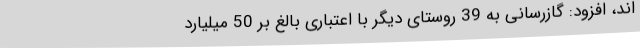
اند، افزود: گازرسانی به 39 روستای دیگر با اعتباری بالغ بر 50 میلیارد